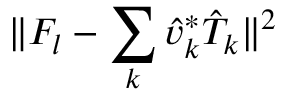
\| F _ { l } - \sum _ { k } \hat { v } _ { k } ^ { * } \hat { T } _ { k } \| ^ { 2 }